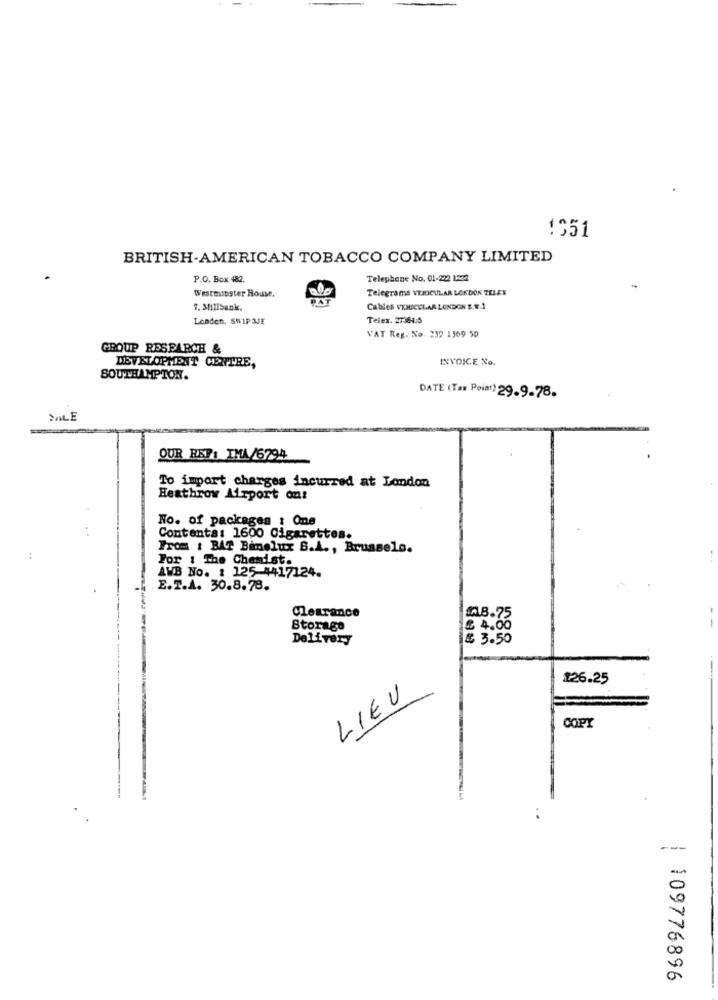
1951
BRITISH-AMERICAN TOBACCO COMPANY LIMITED
P.O. Box 482.
Telephone No. 01-222 1232
Westminster House.
Telegrams VEHICULAR LONDON TELEN
1. Millbank.
Cables VEHICULAR LONDON S.R.1
London, SWIP AJE
Telex. 27364.5
VAT Reg. No. 239 1369 50
GROUP RESEARCH &
INVOICE No.
DEVELOPMENT CENTRE,
SOUTHAMPTON.
DATE (Tax Point) 29.9-78.
MALE
OUR REF: IMA /6794
To import charges incurred at London
Heathrow Airport ont
No. of packages : One
Contenta: 1600 Cigarettes.
From : BAT Bimelux B.A ., Brussels.
For : The Chemist.
AVB No. : 125-4417124.
E.T.A. 30.8. 78.
Clearance
£8.75
Storage
€ 4.00
Delivery
€ 3.50
126.25
LIEU
COPY
---
109776896